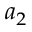
a _ { 2 }